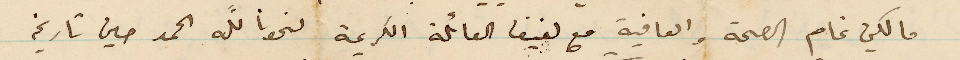
مالكين تمام الصحة والعافية مع لفيف العائلة الكريمة نحونا الله الحمد حين تاريخه